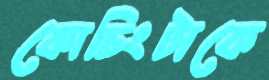
কোচিংটাকে